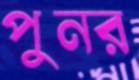
পুনর